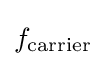
f_{\text{carrier}}